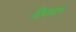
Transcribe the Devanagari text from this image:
दिपमान